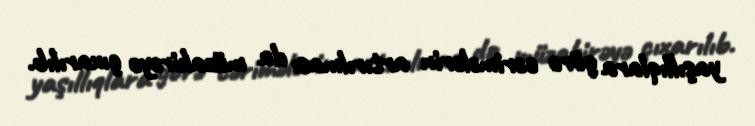
yaşıllıqlara görə cərimələrin artırılması da müzakirəyə çıxarılıb.